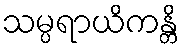
သမ္ပရာယိကန္တိ